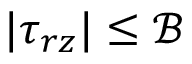
| \tau _ { r z } | \leq \mathcal { B }